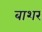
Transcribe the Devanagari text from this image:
बाशर